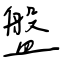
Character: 盤